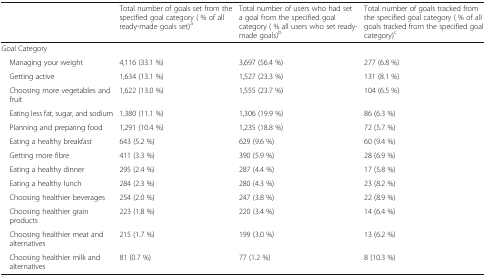
|  | Total number of goals set from the specified goal category ( % of all ready-made goals set)a | Total number of users who had set a goal from the specified goal category ( % all users who set ready-made goals)b | Total number of goals tracked from the specified goal category ( % of all goals tracked from the specified goal category)c |
 | --- | --- | --- | --- |
 | <COLSPAN=4> Goal Category |
 | Managing your weight | 4,116 (33.1 %) | 3,697 (56.4 %) | 277 (6.8 %) |
 | Getting active | 1,634 (13.1 %) | 1,527 (23.3 %) | 131 (8.1 %) |
 | Choosing more vegetables and fruit | 1,622 (13.0 %) | 1,555 (23.7 %) | 104 (6.5 %) |
 | Eating less fat, sugar, and sodium | 1,380 (11.1 %) | 1,306 (19.9 %) | 86 (6.3 %) |
 | Planning and preparing food | 1,291 (10.4 %) | 1,235 (18.8 %) | 72 (5.7 %) |
 | Eating a healthy breakfast | 643 (5.2 %) | 629 (9.6 %) | 60 (9.4 %) |
 | Getting more fibre | 411 (3.3 %) | 390 (5.9 %) | 28 (6.9 %) |
 | Eating a healthy dinner | 295 (2.4 %) | 287 (4.4 %) | 17 (5.8 %) |
 | Eating a healthy lunch | 284 (2.3 %) | 280 (4.3 %) | 23 (8.2 %) |
 | Choosing healthier beverages | 254 (2.0 %) | 247 (3.8 %) | 22 (8.9 %) |
 | Choosing healthier grain products | 223 (1.8 %) | 220 (3.4 %) | 14 (6.4 %) |
 | Choosing healthier meat and alternatives | 215 (1.7 %) | 199 (3.0 %) | 13 (6.2 %) |
 | Choosing healthier milk and alternatives | 81 (0.7 %) | 77 (1.2 %) | 8 (10.3 %) |